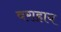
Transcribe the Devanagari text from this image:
वराहाय